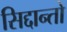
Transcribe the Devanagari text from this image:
सिद्दान्तो